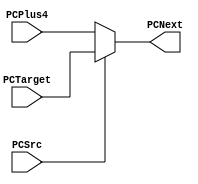
`timescale 1ns / 1ps
//////////////////////////////////////////////////////////////////////////////////
// Company: 
// Engineer: 
// 
// Design Name: 
// Module Name: mux_fetch
// Project Name: 
// Target Devices: 
// Tool Versions: 
// Description: 
// 
// Dependencies: 
// 
// Revision:
// Revision 0.01 - File Created
// Additional Comments:
// 
//////////////////////////////////////////////////////////////////////////////////


module mux_fetch (
input [32-1:0] PCTarget,
input [32-1:0] PCPlus4,
input PCSrc,
output [32-1:0] PCNext
    );
    
    assign PCNext = (PCSrc)? PCTarget : PCPlus4;
    
endmodule